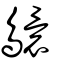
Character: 䴋